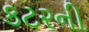
કટરની